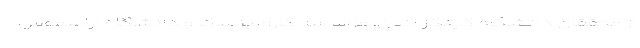
از محققان دانشگاه کینگز لندن، موسسه کارولینسکا و دانشگاه اراسموس